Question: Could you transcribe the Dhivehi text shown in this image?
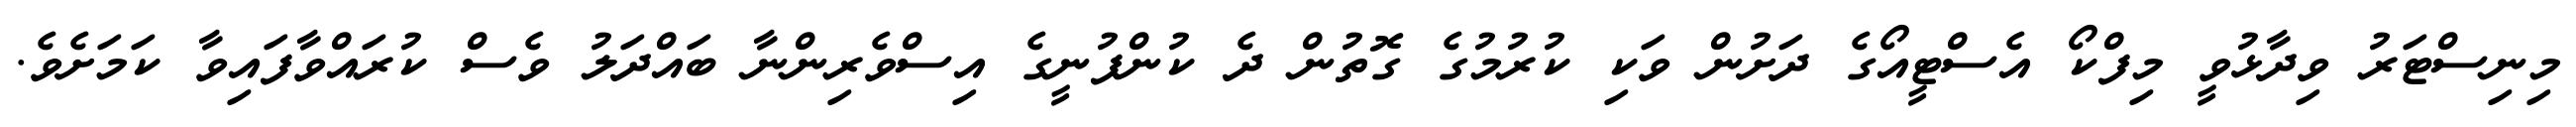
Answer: މިނިސްޓަރު ވިދާޅުވީ މިފްކޯ އެސްޓީއޯގެ ދަށުން ވަކި ކުރުމުގެ ގޮތުން ދެ ކުންފުނީގެ އިސްވެރިންނާ ބައްދަލު ވެސް ކުރައްވާފައިވާ ކަމަށެވެ.